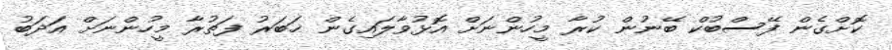
ކޮށްގެން ފޭސްބުކް ބޭނުން ކުރާ މީހުންނަށް އޮޅުވާލައިގެން ޚަބަރު ފަތުރާ މީހުންނަށް އަދަބު